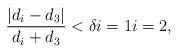
LaTeX: \begin{align*}\frac{|d_i-d_3|}{d_i+d_3} < \delta i = 1 i=2,\end{align*}